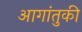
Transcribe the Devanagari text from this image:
आगांतुकी